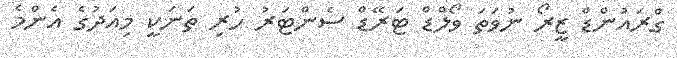
ގްރައުންޑް ޒީރޯ ނުވަތަ ވޯލްޑް ޓަރޭޑް ސެންޓަރު ހުރި ތަނަކީ މިއަދުގެ އެންމެ